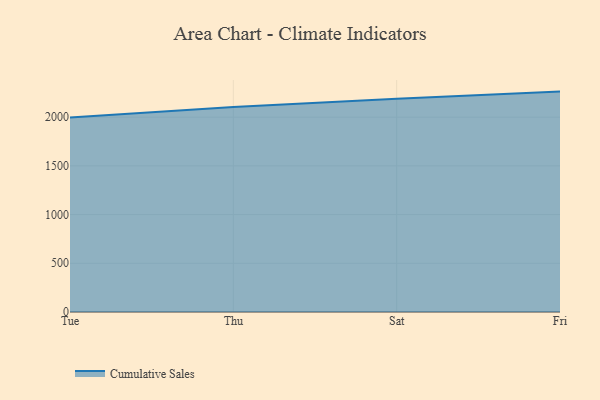
{"axis": {"x": "Day", "y": "Website Visitors"}, "legend": ["Cumulative Sales"], "data": [{"x": "Tue", "y": 1996.6, "type": "Cumulative Sales"}, {"x": "Thu", "y": 2103.5, "type": "Cumulative Sales"}, {"x": "Sat", "y": 2188.1, "type": "Cumulative Sales"}, {"x": "Fri", "y": 2262.2, "type": "Cumulative Sales"}]}